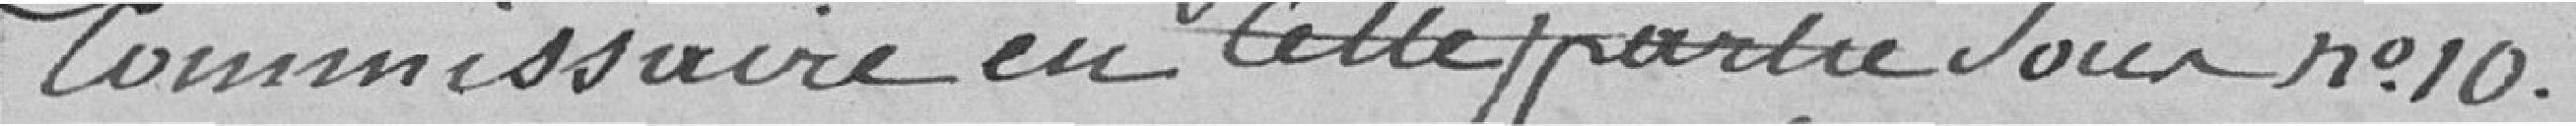
commissaire en cette partie sous n°10